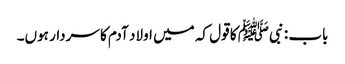
باب : نبیﷺ کا قول کہ میں اولاد آدم کا سردار ہوں۔